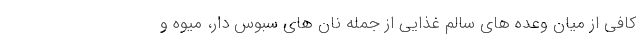
کافی از میان وعده های سالم غذایی از جمله نان های سبوس دار، میوه و